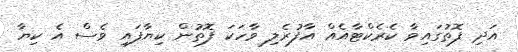
އަދި ފޮތުގައިވާ ކެރެކްޓާއެއް އާފުރެލި ވާހަކަ ފޮތުން ކިޔާފައި ވެސް އެ ކިޔާ